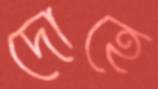
দোহে